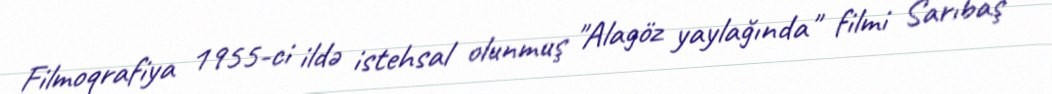
Filmoqrafiya 1955-ci ildə istehsal olunmuş "Alagöz yaylağında" filmi Sarıbaş